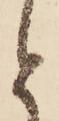
と